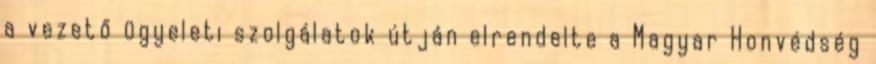
a vezető ügyeleti szolgálatok útján elrendelte a Magyar Honvédség